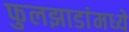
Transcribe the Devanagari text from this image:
फुलझाडांमध्ये